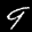
Label: 9